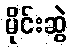
မိုင်းဆွဲ